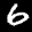
Label: 6